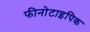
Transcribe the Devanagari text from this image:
फीनोटाइपिक